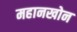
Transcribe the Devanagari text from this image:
महानखोन